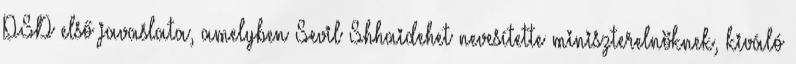
PSD első javaslata, amelyben Sevil Shhaidehet nevesítette miniszterelnöknek, kiváló